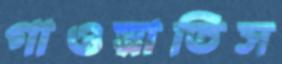
গাওয়াতিস